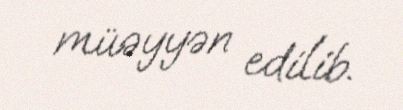
müəyyən edilib.